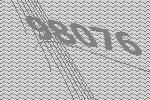
98076